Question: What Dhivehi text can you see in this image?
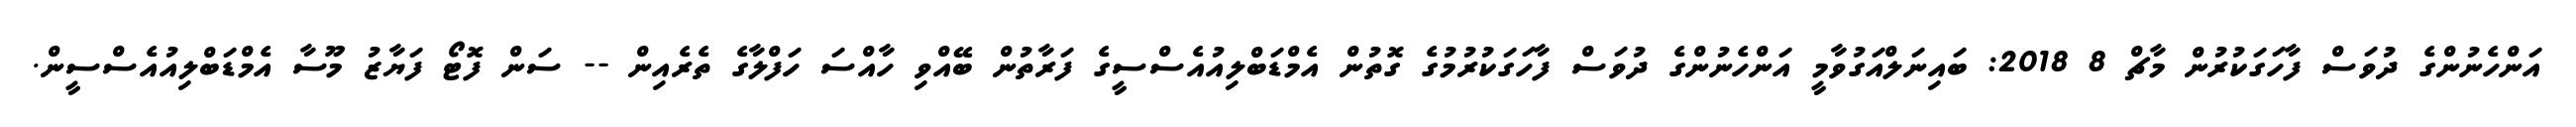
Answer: އަންހެނުންގެ ދުވަސް ފާހަގަކުރުން މާޗް 8 2018: ބައިނަލްއަގުވާމީ އަންހެނުންގެ ދުވަސް ފާހަގަކުރުމުގެ ގޮތުން އެމްޑަބްލިއުއެސްސީގެ ފަރާތުން ބޭއްވި ހާއްސަ ހަފްލާގެ ތެރެއިން -- ސަން ފޮޓޯ ފަޔާޒު މޫސާ އެމްޑަބްލިއުއެސްސީން.